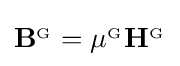
\mathbf {B} ^{_{\mathrm {G} }}=\mu ^{_{\mathrm {G} }}\mathbf {H} ^{_{\mathrm {G} }}